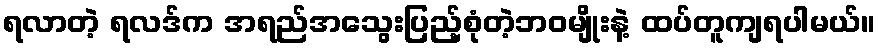
ရလာတဲ့ ရလဒ်က အရည်အသွေးပြည့်စုံတဲ့ဘဝမျိုးနဲ့ ထပ်တူကျရပါမယ်။